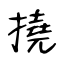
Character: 撓